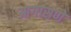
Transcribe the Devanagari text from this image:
आगासणे